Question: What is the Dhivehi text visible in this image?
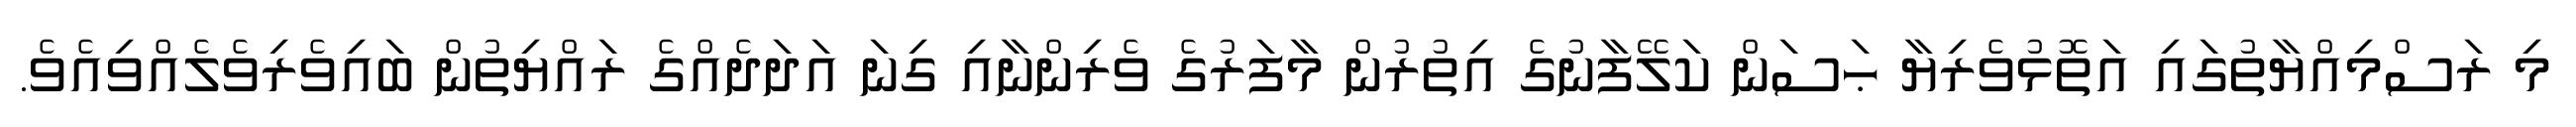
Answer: މި ރަސްމިއްޔާތުގައި އަތޮޅުވެރިޔާ ޙަސަން ކަލޭފާނުގެ އިތުރުން މާފަރުގެ ވެރިންނާއި ގިނަ އަދަދެއްގެ ރައްޔިތުން ބައިވެރިވެލެއްވިއެވެ.